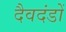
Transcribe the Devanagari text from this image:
दैवदंडों